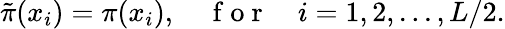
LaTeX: \begin{array}{r}{\tilde{\pi}(x_{i})=\pi(x_{i}),\quad\mathrm{~f~o~r~}\quad i=1,2,...,L/2.}\end{array}